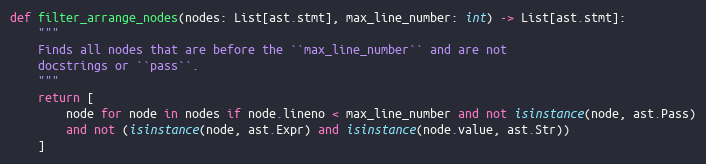
Language: Python
def filter_arrange_nodes(nodes: List[ast.stmt], max_line_number: int) -> List[ast.stmt]:
    """
    Finds all nodes that are before the ``max_line_number`` and are not
    docstrings or ``pass``.
    """
    return [
        node for node in nodes if node.lineno < max_line_number and not isinstance(node, ast.Pass)
        and not (isinstance(node, ast.Expr) and isinstance(node.value, ast.Str))
    ]